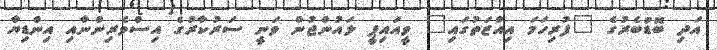
އަދި ބޮޑުބެރުގެ "ފުރިހަމަ އިއްޒަތުގައި" ވީއައިޕީ ލައުންޖުން ވަނީ ސަރުކާރުގެ އިސްވެރިންނާއި އިންޑިޔާ